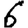
Digit: 6